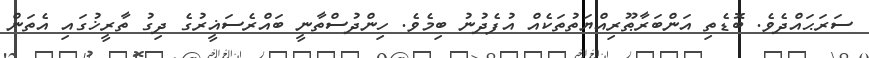
ސަރަޙައްދެވެ. ބޮޑެތި އަންބަރާޠޫރިއްޔަތުތަކެއް އުފެދުނު ބިމެވެ. ހިންދުސްތާނީ ބައްރެސަޣީރުގެ ދިގު ތާރީޚުގައި އެތަން